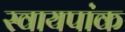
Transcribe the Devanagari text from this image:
स्वायपांक